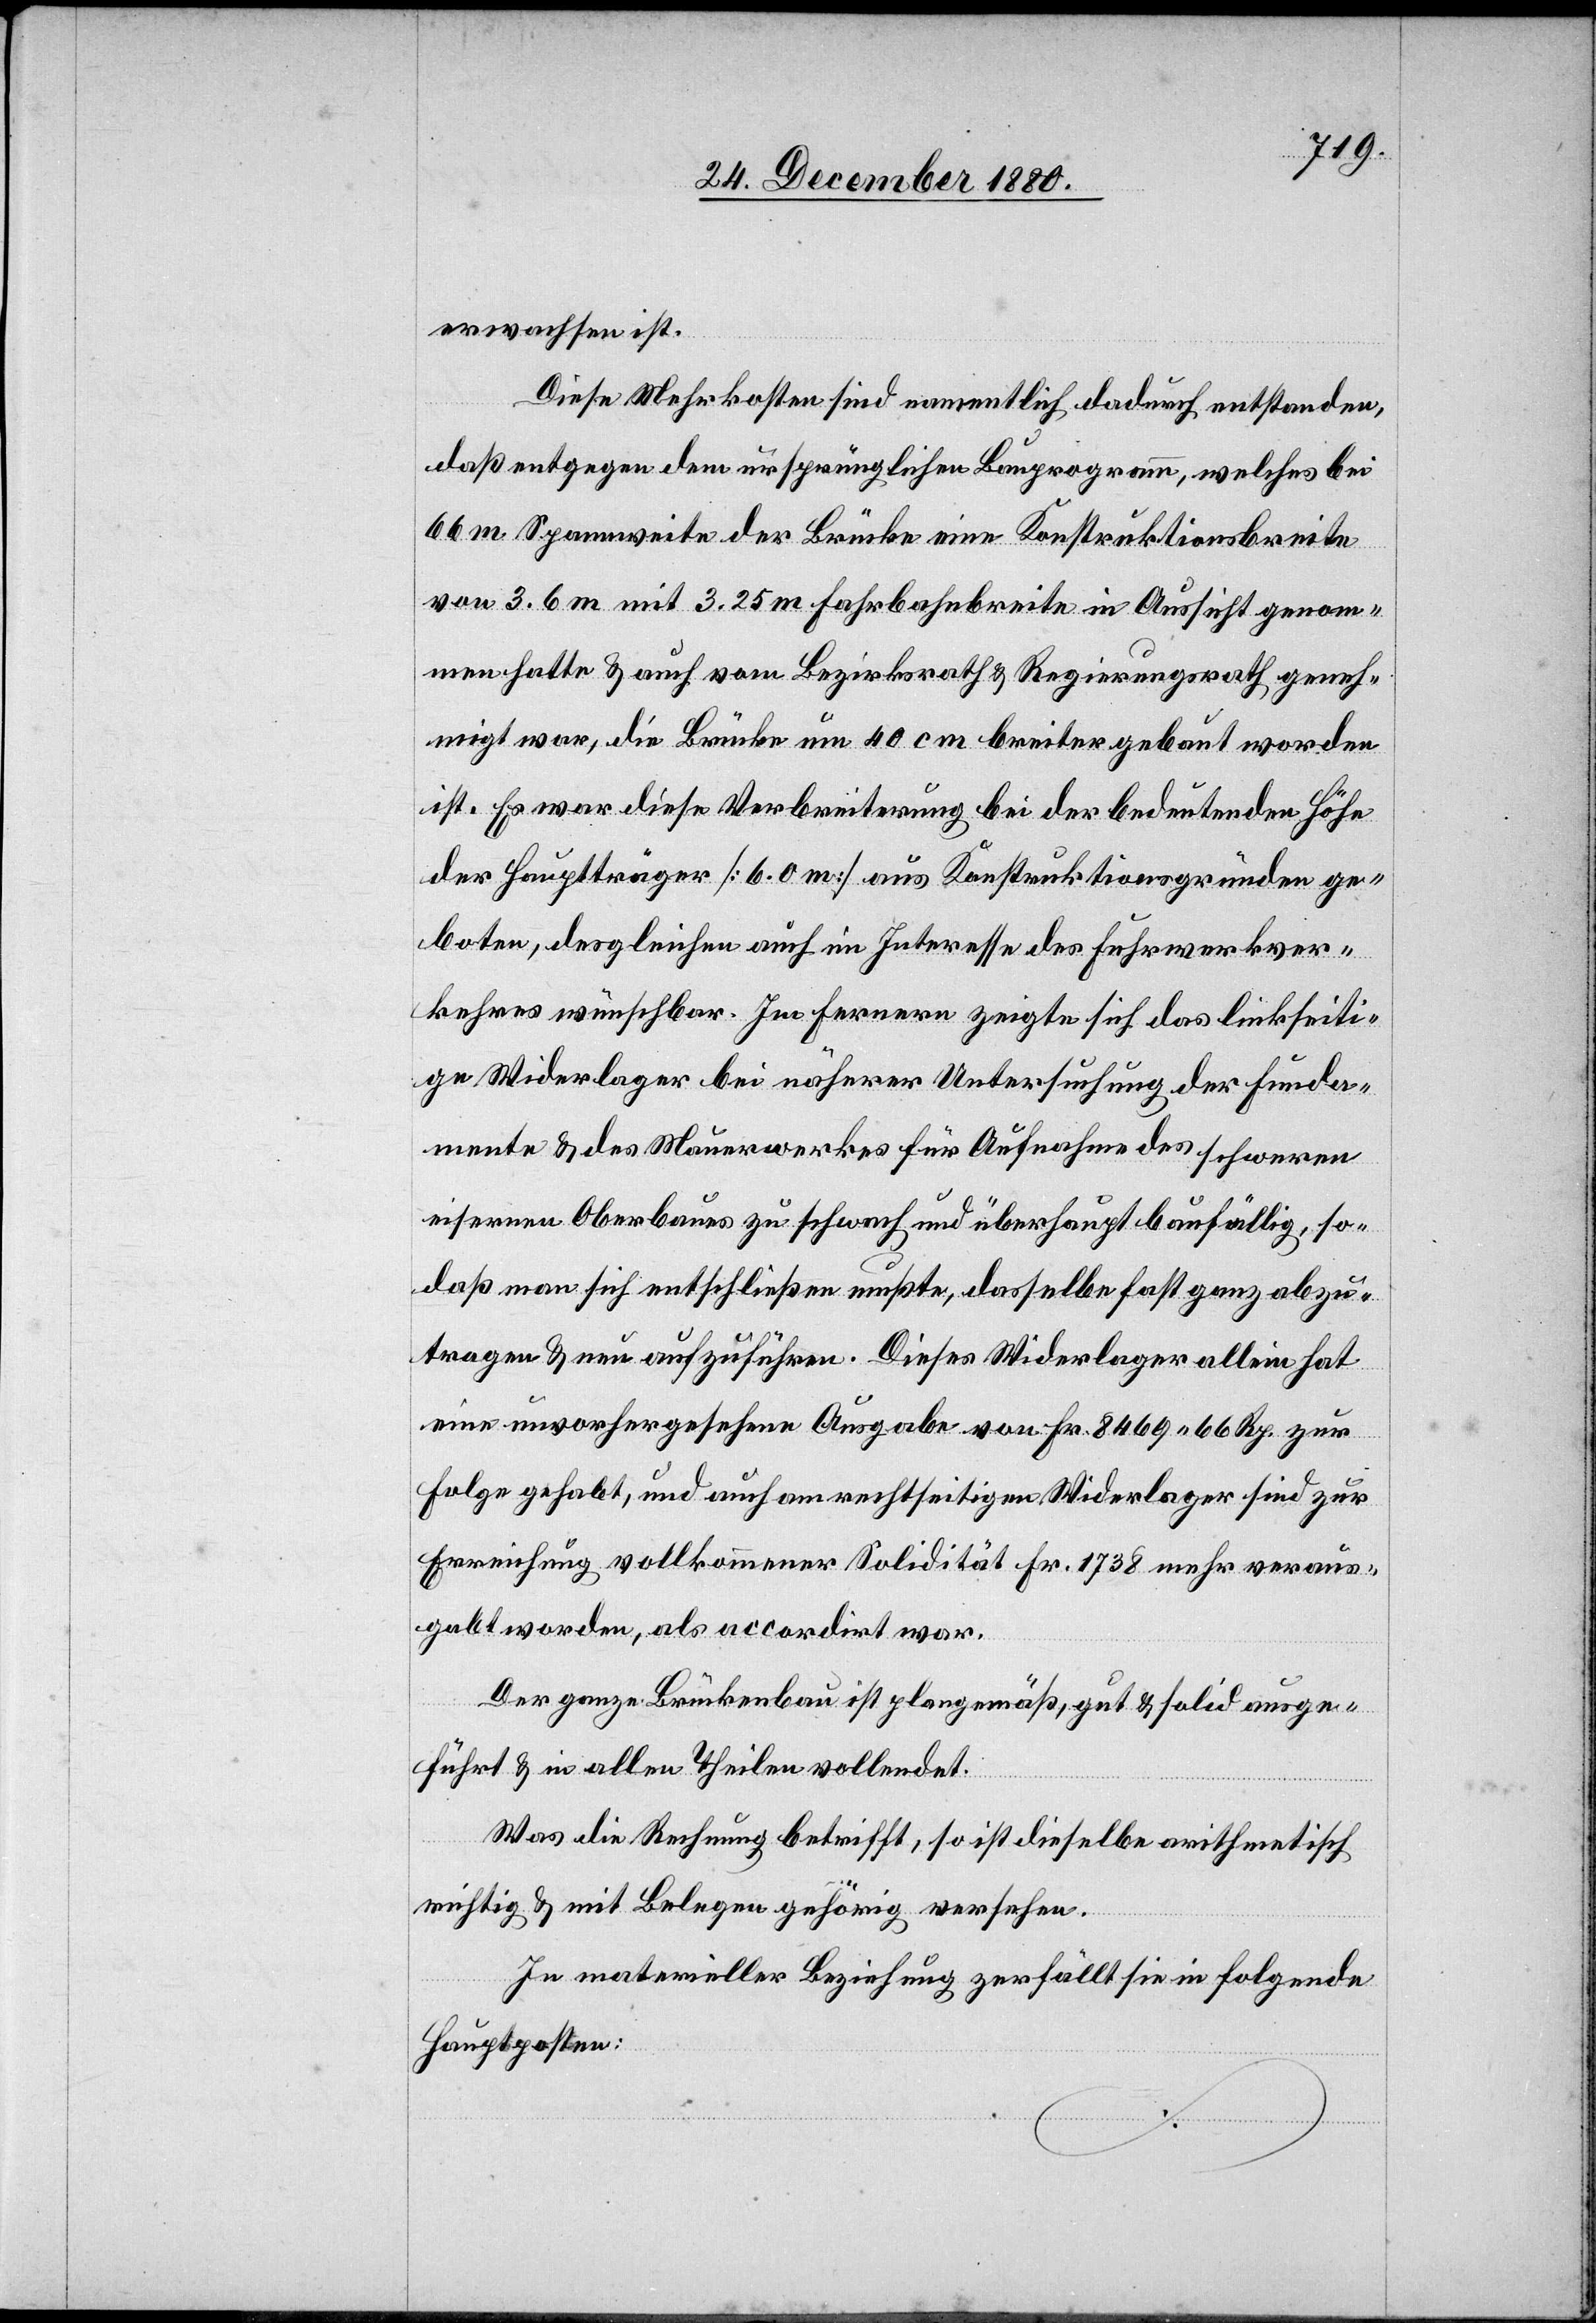
erwachsen ist.
Diese Mehrkosten sind namentlich dadurch entstanden,
daß entgegen dem ursprünglichen Bauprogramm, welches bei
66 m Spannweite der Brücke eine Konstruktionsbreite
von 3.6 m mit 3.25 m Fahrbahnbreite in Aussicht genom¬
men hatte & auch vom Bezirksrath & Regierungsrath geneh¬
migt war, die Brücke um 40 cm breiter gebaut worden
ist. Es war diese Verbreiterung bei der bedeutenden Höhe
der Hauptträger [6.0 m] aus Konstruktionsgründen ge¬
boten, desgleichen auch im Interesse des Fuhrwerkver¬
kehres wünschbar. Im Fernern zeigte sich das linkseiti¬
ge Widerlager bei näherer Untersuchung der Funda¬
mente & des Mauerwerkes für Aufnahme des schweren
eisernen Oberbaues zu schwach und überhaupt baufällig, so¬
daß man sich entschließen mußte, dasselbe fast ganz abzu¬
tragen & neu aufzuführen. Diese Widerlager allein hat
eine unvorhergesehene Ausgabe von Fr. 8469 66 Rp. zur
Folge gehabt, und auch am rechtseitigen Widerlager sind zur
Erreichung vollkommener Solidität Fr. 1738 mehr veraus¬
gabt worden, als accordirt war.
Der ganze Brückenbau ist plangemäß, gut & solid ausge¬
führt & in allen Theilen vollendet.
Was die Rechnung betrifft, so ist dieselbe arithmetisch
richtig & mit Belegen gehörig versehen.
In materieller Beziehung zerfällt sie in folgende
Hauptposten: